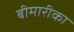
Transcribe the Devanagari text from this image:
बीमारीका